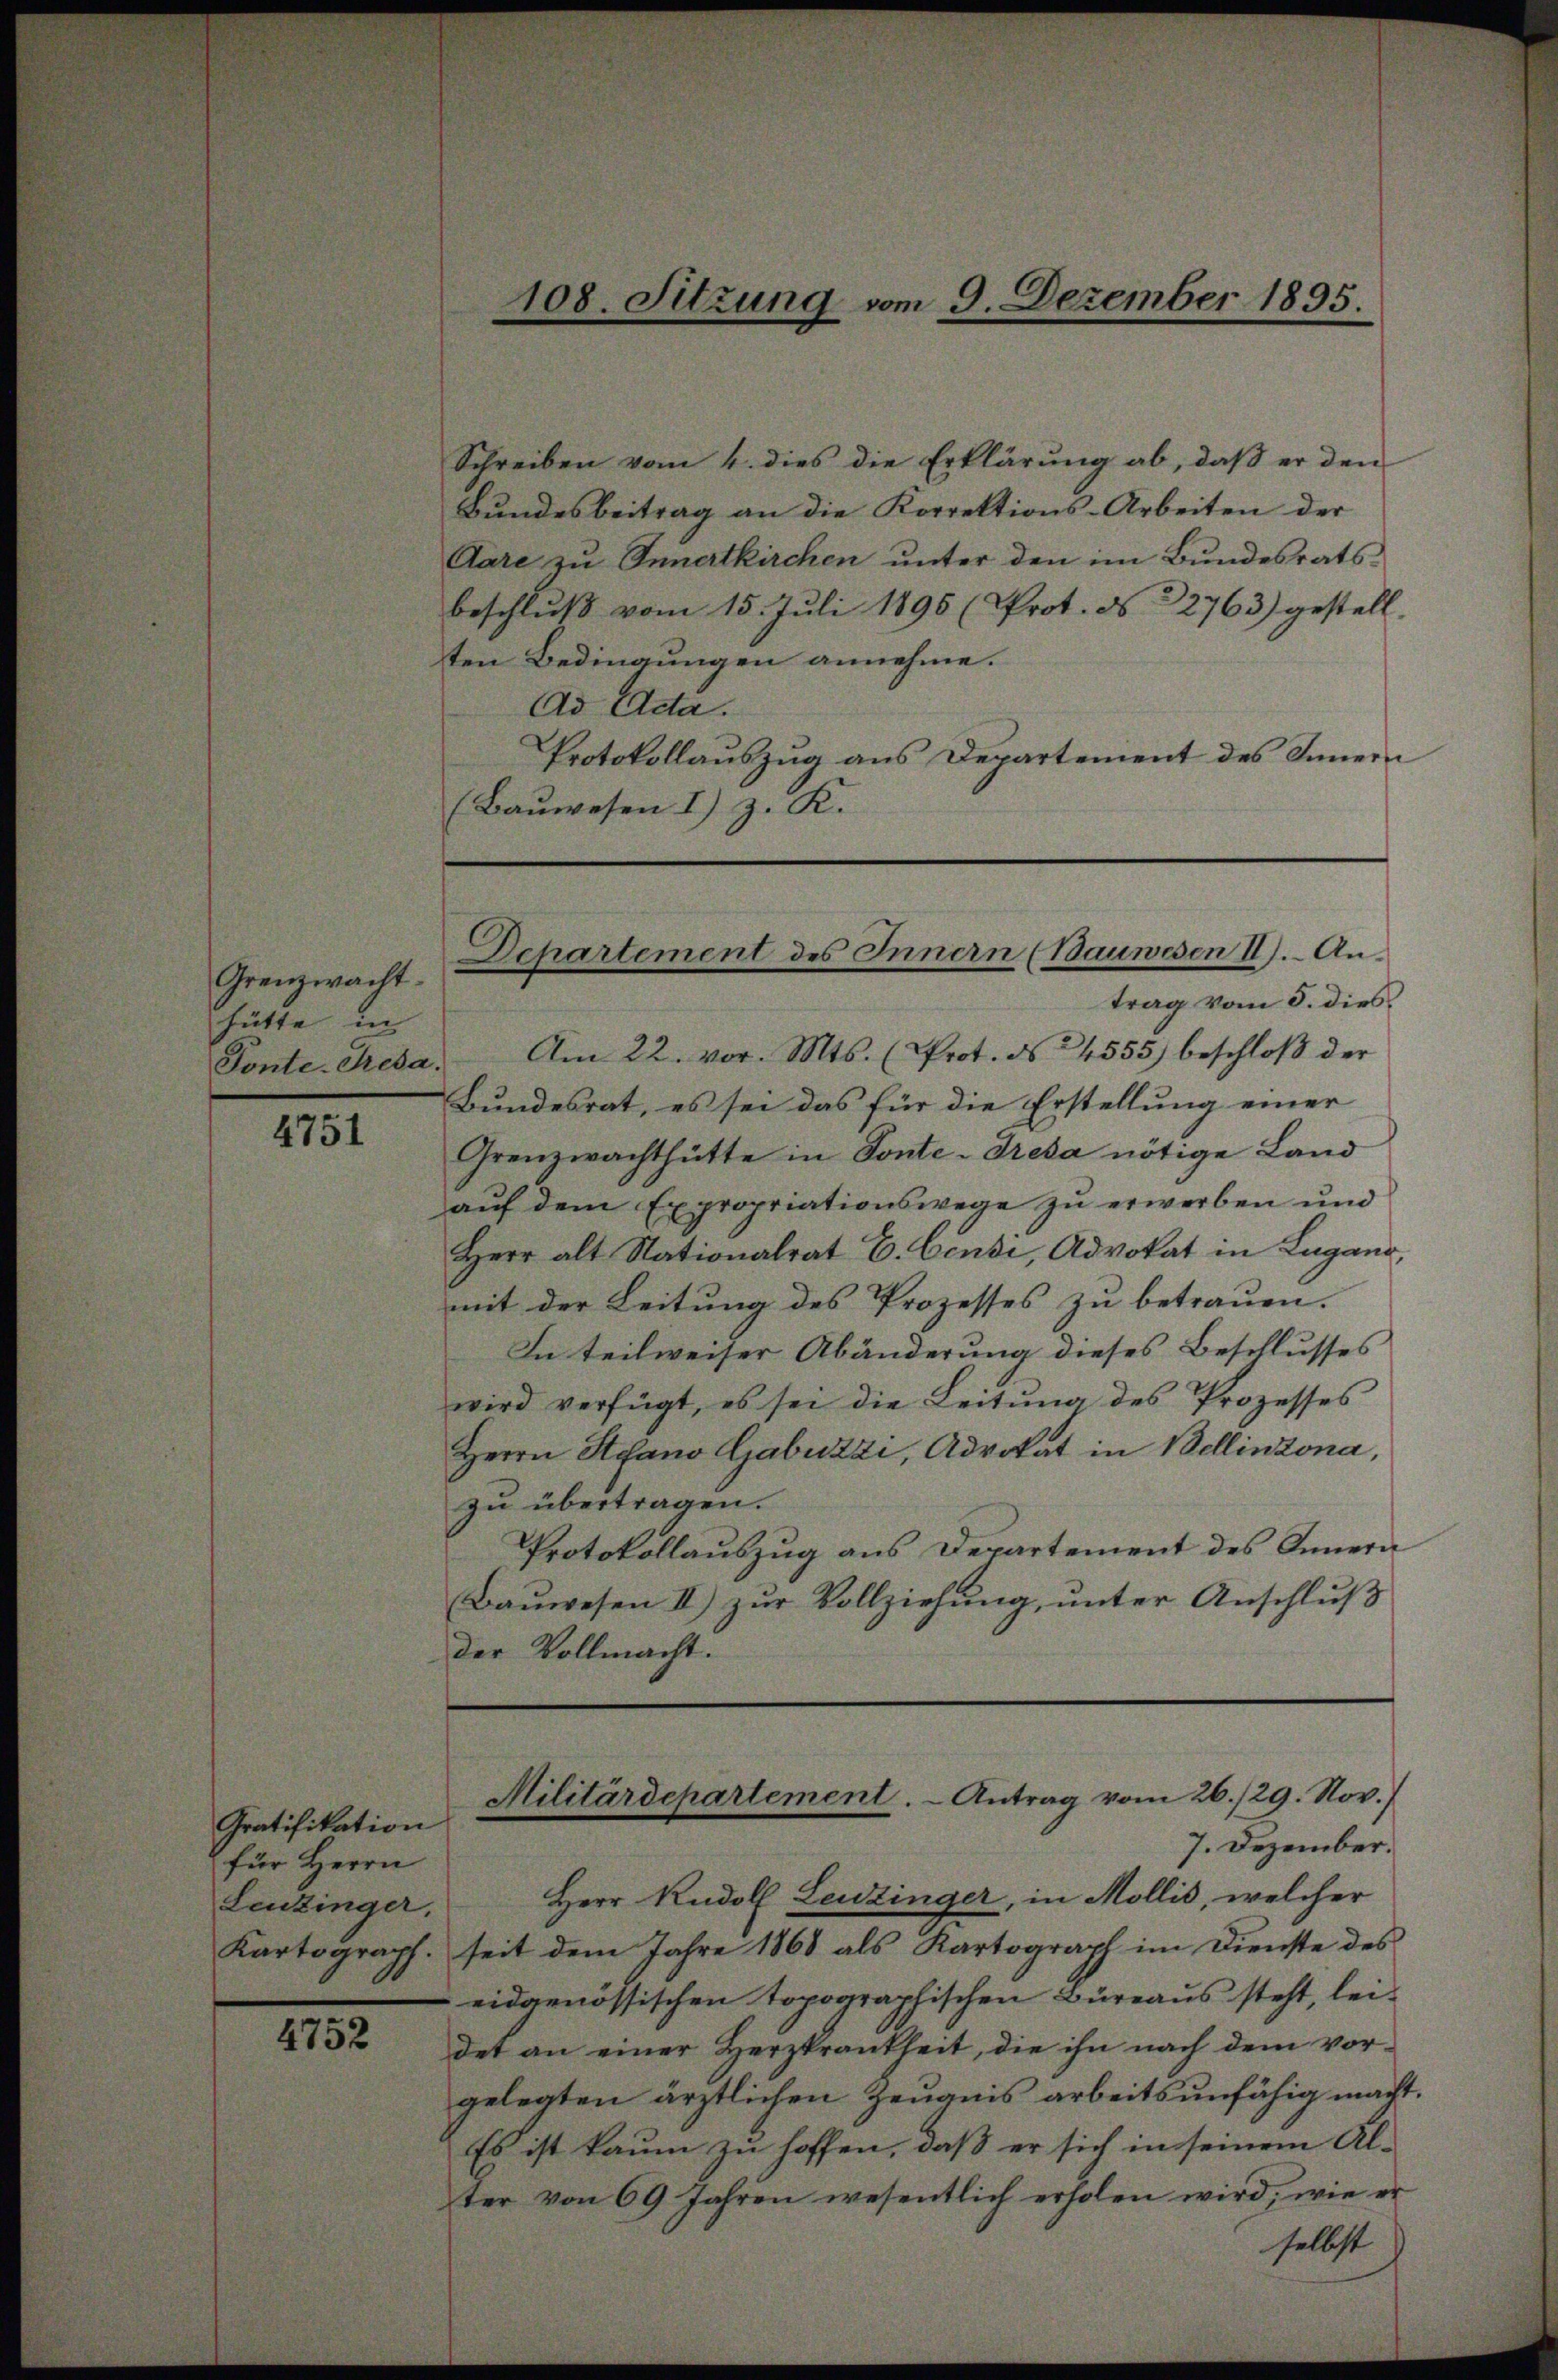
Grenzwacht.
hütte in

4751

Gratifikation
für Herrn
Leuzinger,

4752

Schreiben vom 4. dies die Erklärung ab, daβ er den
Bundesbeitrag an die Korrektions-Arbeiten der
Aare zu Innertkirchen unter den im Bundesratsbeschlŭβ vom 15. Jŭli 1896 (Prot. N. 22763) gestell
ten Bedingungen annehme.
Ad Acta.
Protokollauszug aus Departement des Innern
(Bauwesen I) z. K.

Ponte Reda. Am 22. vor. Mts. (Prot. No 4555) beschloβ der
Bundesrat, es sei das für die Erstellung einer
Grenzwachthütte in Sonte-Dresa nötige Land
auf dem Expropriationswege zu erwerben und
Herr alt Nationalrat E. Censi, Advokat in Lugano,
mit der Leitung des Prozesses zu betrauen.
In teilweiser Abänderung dieses Beschlusses
wird verfügt, es sei die Leitung des Prozesses
Herrn Stefano Gabuzzi, Advokat in Bellinzona,
zu übertragen.
Protokollauszug aus Departement des Innern
Bauwesen II) zur Vollziehung, unter Anschluß
der Vollmacht.

108. Sitzung vom 9. Dezember 1895.

Departement des Innern (Bauwesen II). Antrag vom 5. dies

Militärdepartement. - Antrag vom 26./29. Nov.)
7. Dezember.

Herr Rudolf Leuzinger, in Mollis, welcher
Kartograph. seit dem Jahre 1868 als Kartograph im Dienste des
eidgenössischen topographischen Büreaus steht, lei-
det an einer Herzkrankheit, die ihn nach dem vor-
gelegten ärztlichen Zeugnis arbeitsunfähig macht.
Es ist kaum zu hoffen, daß er sich in seinem Al-
ter von 69 Jahren wesentlich erholen wird, wie er
selbst